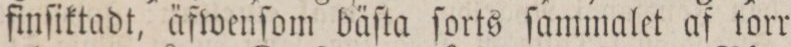
finſiktadt, äfwenſom bäſta ſorts ſammalet af torr